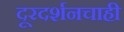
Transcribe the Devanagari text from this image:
दूरदर्शनचाही